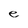
Character: e